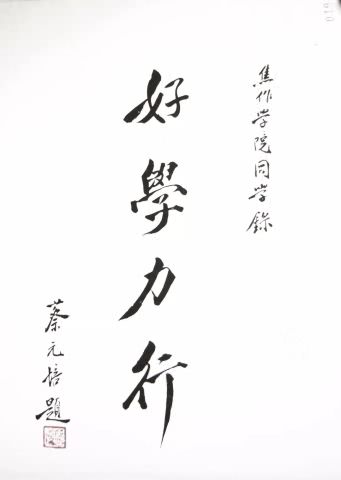
好学近乎知。力行近乎仁。知耻近乎勇。